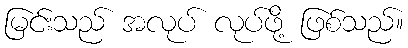
မြင်းသည် အလုပ် လုပ်ဖို့ ဖြစ်သည်။